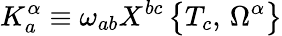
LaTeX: K_{a}^{\alpha}\equiv\omega_{ab}X^{bc}\, \bigr\{ T_{c},\, \Omega^{\alpha}\bigr\}